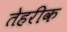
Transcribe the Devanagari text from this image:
तेहरीक